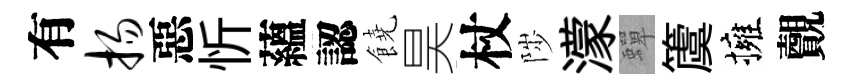
有扬惡忻蘊認饒昊杖陟濛蟬𥵂擁覿